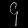
Digit: ၄